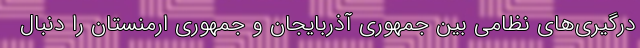
درگیری‌های نظامی بین جمهوری آذربایجان و جمهوری ارمنستان را دنبال